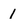
Character: 1